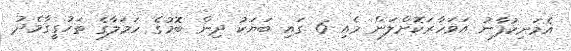
އެމަނިކުފާނު އަވަހާރަކޮށްލަން މެއި 6 ގައި ބަޔަކު ދިން ބޮމުގެ ހަމަލާގެ ތަހުގީގާމެދު